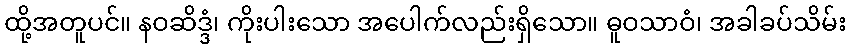
ထို့အတူပင်။ နဝဆိဒ္ဒံ၊ ကိုးပါးသော အပေါက်လည်းရှိသော။ ဓူဝသာဝံ၊ အခါခပ်သိမ်း